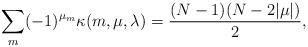
LaTeX: \begin{align*}\sum_{m} (-1)^{\mu_m}\kappa(m,\mu,\lambda)=\frac{(N-1)(N - 2|\mu|)}{2},\end{align*}